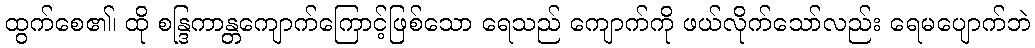
ထွက်စေ၏၊ ထို စန္ဒြကာန္တကျောက်ကြောင့်ဖြစ်သော ရေသည် ကျောက်ကို ဖယ်လိုက်သော်လည်း ရေမပျောက်ဘဲ